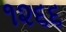
૧૨૬૬